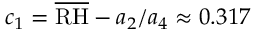
c _ { 1 } = \overline { { \mathrm { R H } } } - a _ { 2 } / a _ { 4 } \approx 0 . 3 1 7